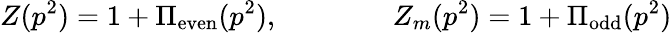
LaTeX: Z(p^{2})=1+\Pi_{\mathrm{even}}(p^{2}),\qquad\qquad Z_{m}(p^{2})=1+\Pi_{\mathrm{odd}}(p^{2})